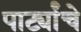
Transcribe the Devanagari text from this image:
पार्ट्यांचे